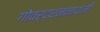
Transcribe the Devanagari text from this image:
गोवर्द्धननाथजी